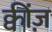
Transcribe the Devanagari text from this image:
क्वींज़